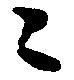
々